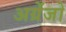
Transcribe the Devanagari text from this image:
अग्रेंजो